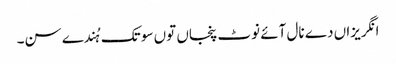
انگریزاں دے نال آئے نوٹ پنجاں توں سو تک ہُندے سن۔